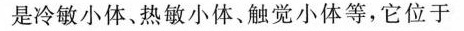
是冷敏小体、热敏小体、触觉小体等，它位于